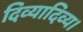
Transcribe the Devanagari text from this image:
दिव्यादिव्य।